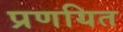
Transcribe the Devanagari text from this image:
प्रणयित